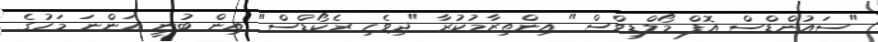
"ސައުންޑްސް އޮފް މޯލްޑިވްސް" އިންތިޒާމުކުރާ "ދިވެހި ރެކޯޑްސް" އިން ބުނީ އަންނަ މަހުގެ